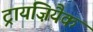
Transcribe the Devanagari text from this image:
ट्रायज़ियैक